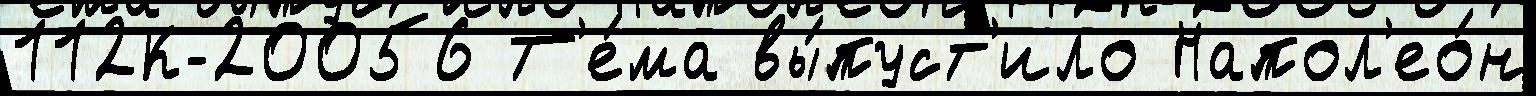
112К-20056 Т'е́ма вы́пуст'ило Напол'ео́н